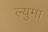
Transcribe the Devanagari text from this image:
ल्युमा